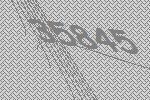
35845